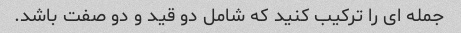
جمله ای را ترکیب کنید که شامل دو قید و دو صفت باشد.